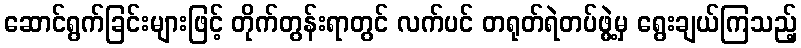
ဆောင်ရွက်ခြင်းများဖြင့် တိုက်တွန်းရာတွင် လက်ပင် တရုတ်ရဲတပ်ဖွဲ့မှ ရွေးချယ်ကြသည့်